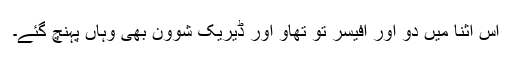
اس اثنا میں دو اور آفیسر تو تھاؤ اور ڈیریک شوون بھی وہاں پہنچ گئے۔